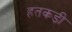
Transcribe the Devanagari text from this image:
हतकड़ी